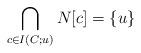
LaTeX: \begin{align*}\bigcap_{c \in I(C;u)} N[c] = \{u \} \end{align*}